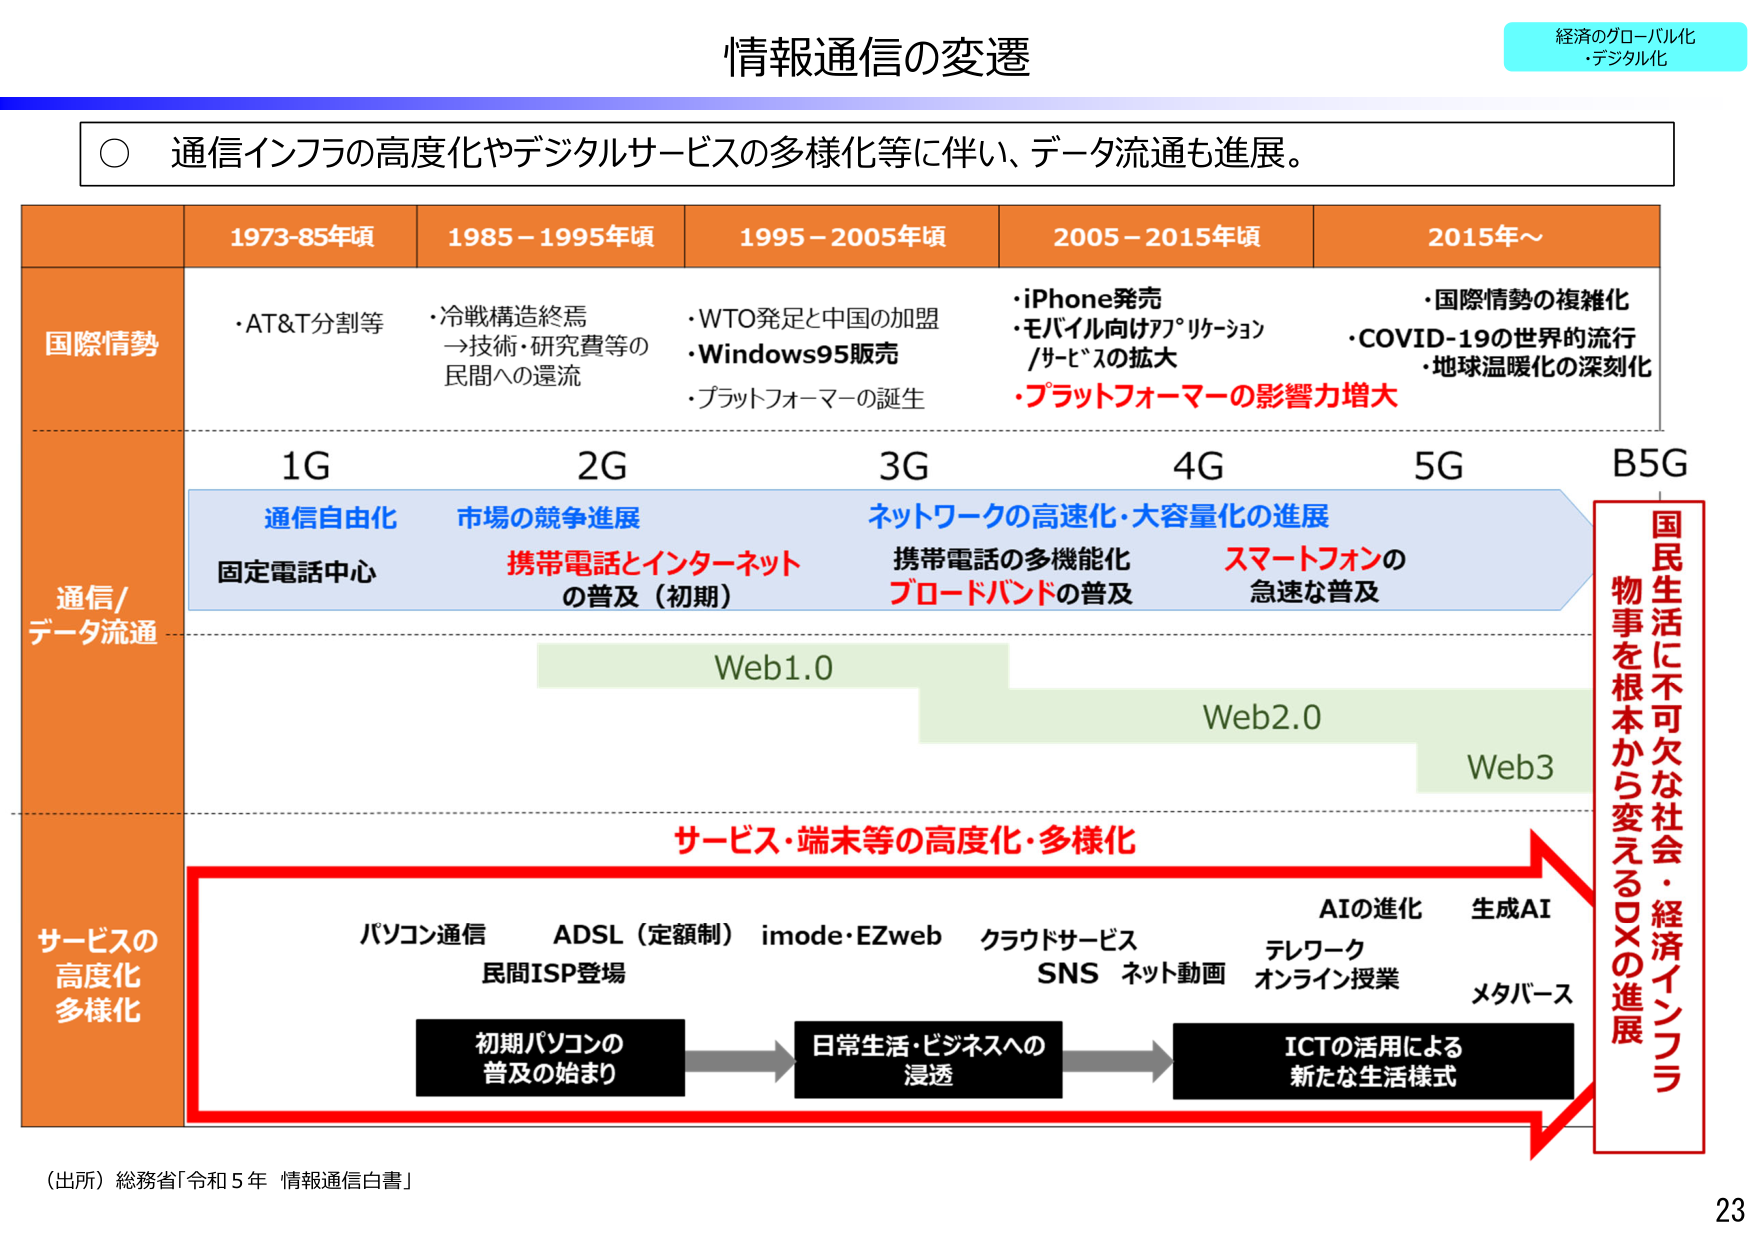
情報通信の変遷

経済のグローバル化
・デジタル化

○ 通信インフラの高度化やデジタルサービスの多様化等に伴い、データ流通も進展。

1973-85年頃　1985－1995年頃　1995－2005年頃　2005－2015年頃　2015年～

国際情勢
・AT&T分割等
・冷戦構造終焉
→技術・研究費等の
民間への還流
・WTO発足と中国の加盟
・Windows95販売
・プラットフォーマーの誕生
・iPhone発売
・モバイル向けアプリケーション
/サービスの拡大
・プラットフォーマーの影響力増大
・国際情勢の複雑化
・COVID-19の世界的流行
・地球温暖化の深刻化

通信/データ流通
1G　2G　3G　4G　5G　B5G
通信自由化　市場の競争進展　ネットワークの高速化・大容量化の進展
固定電話中心　携帯電話とインターネット
の普及（初期）　携帯電話の多機能化
ブロードバンドの普及　スマートフォンの
急速な普及

Web1.0
Web2.0
Web3

サービスの高度化・多様化
パソコン通信　ADSL（定額制）　imode・EZweb　クラウドサービス
民間ISP登場　SNS　ネット動画　テレワーク　オンライン授業　メタバース
AIの進化　生成AI

初期パソコンの
普及の始まり　→　日常生活・ビジネスへの
浸透　→　ICTの活用による
新たな生活様式

国民生活に不可欠な社会・経済インフラ
物事を根本から変えるDXの進展

（出所）総務省「令和5年 情報通信白書」

23